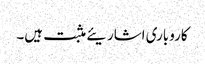
کاروباری اشاریئے مثبت ہیں۔